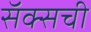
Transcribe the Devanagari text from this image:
सॅक्सची